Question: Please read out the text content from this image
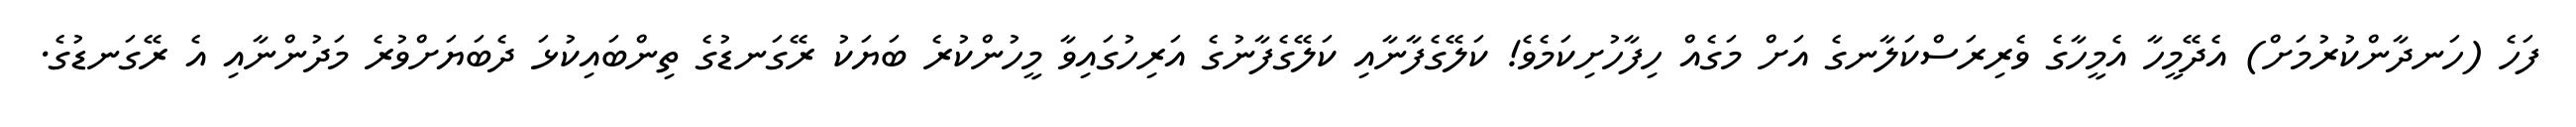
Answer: ފަހެ (ހަނދާންކުރުމަށް) އެދޭމީހާ އެމީހާގެ ވެރިރަސްކަލާނގެ އަށް މަގެއް ހިފާހުށިކަމެވެ! ކަލޭގެފާނާއި ކަލޭގެފާނުގެ އަރިހުގައިވާ މީހުންކުރެ ބަޔަކު ރޭގަނޑުގެ ތިންބައިކުޅަ ދެބަޔަށްވުރެ މަދުންނާއި އެ ރޭގަނޑުގެ.